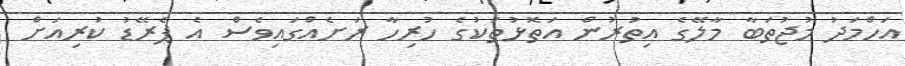
އަހްމަދު މުޖުތަބާ މާލޭގެ އިތުރުން އަތޮޅުތަކުގެ ހުރިހާ ރަށެއްގައިވެސް އެ ޕެރޭޑު ކުރިއަށް